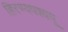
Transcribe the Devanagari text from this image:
हिरण्यपश्यपू